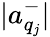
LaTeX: |a_{q_{j}}^{-}|